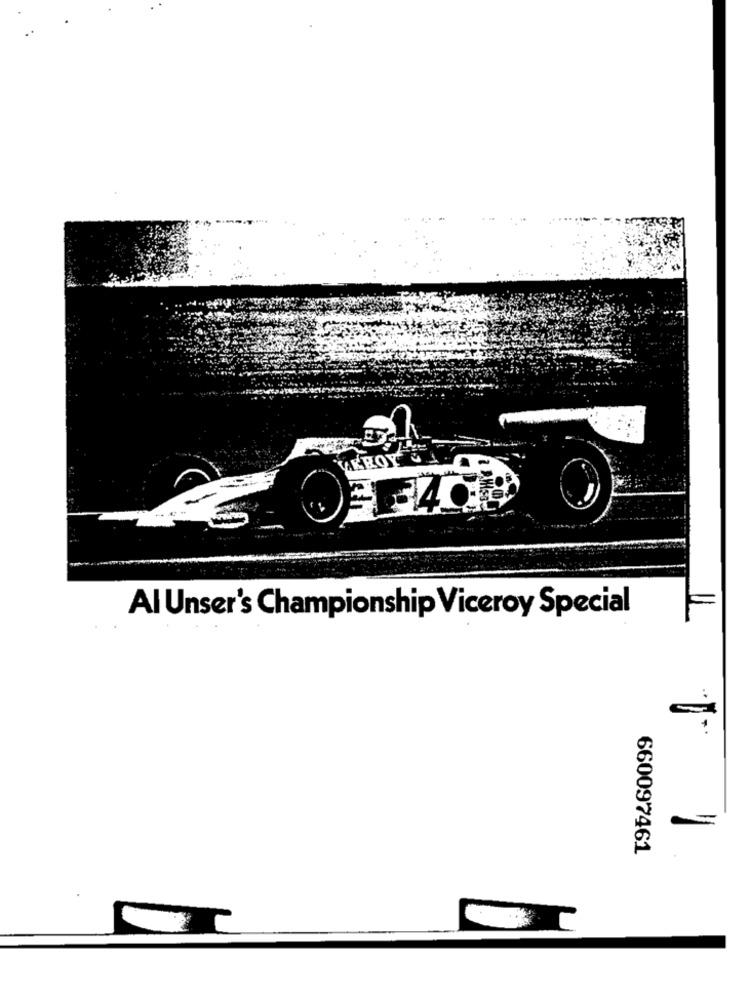
VEROY
Al Unser's Championship Viceroy Special
660097461